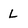
Character: L